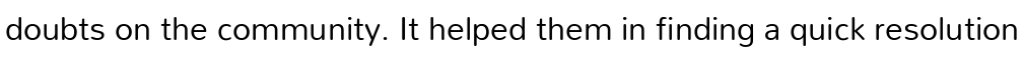
doubts on the community. It helped them in finding a quick resolution